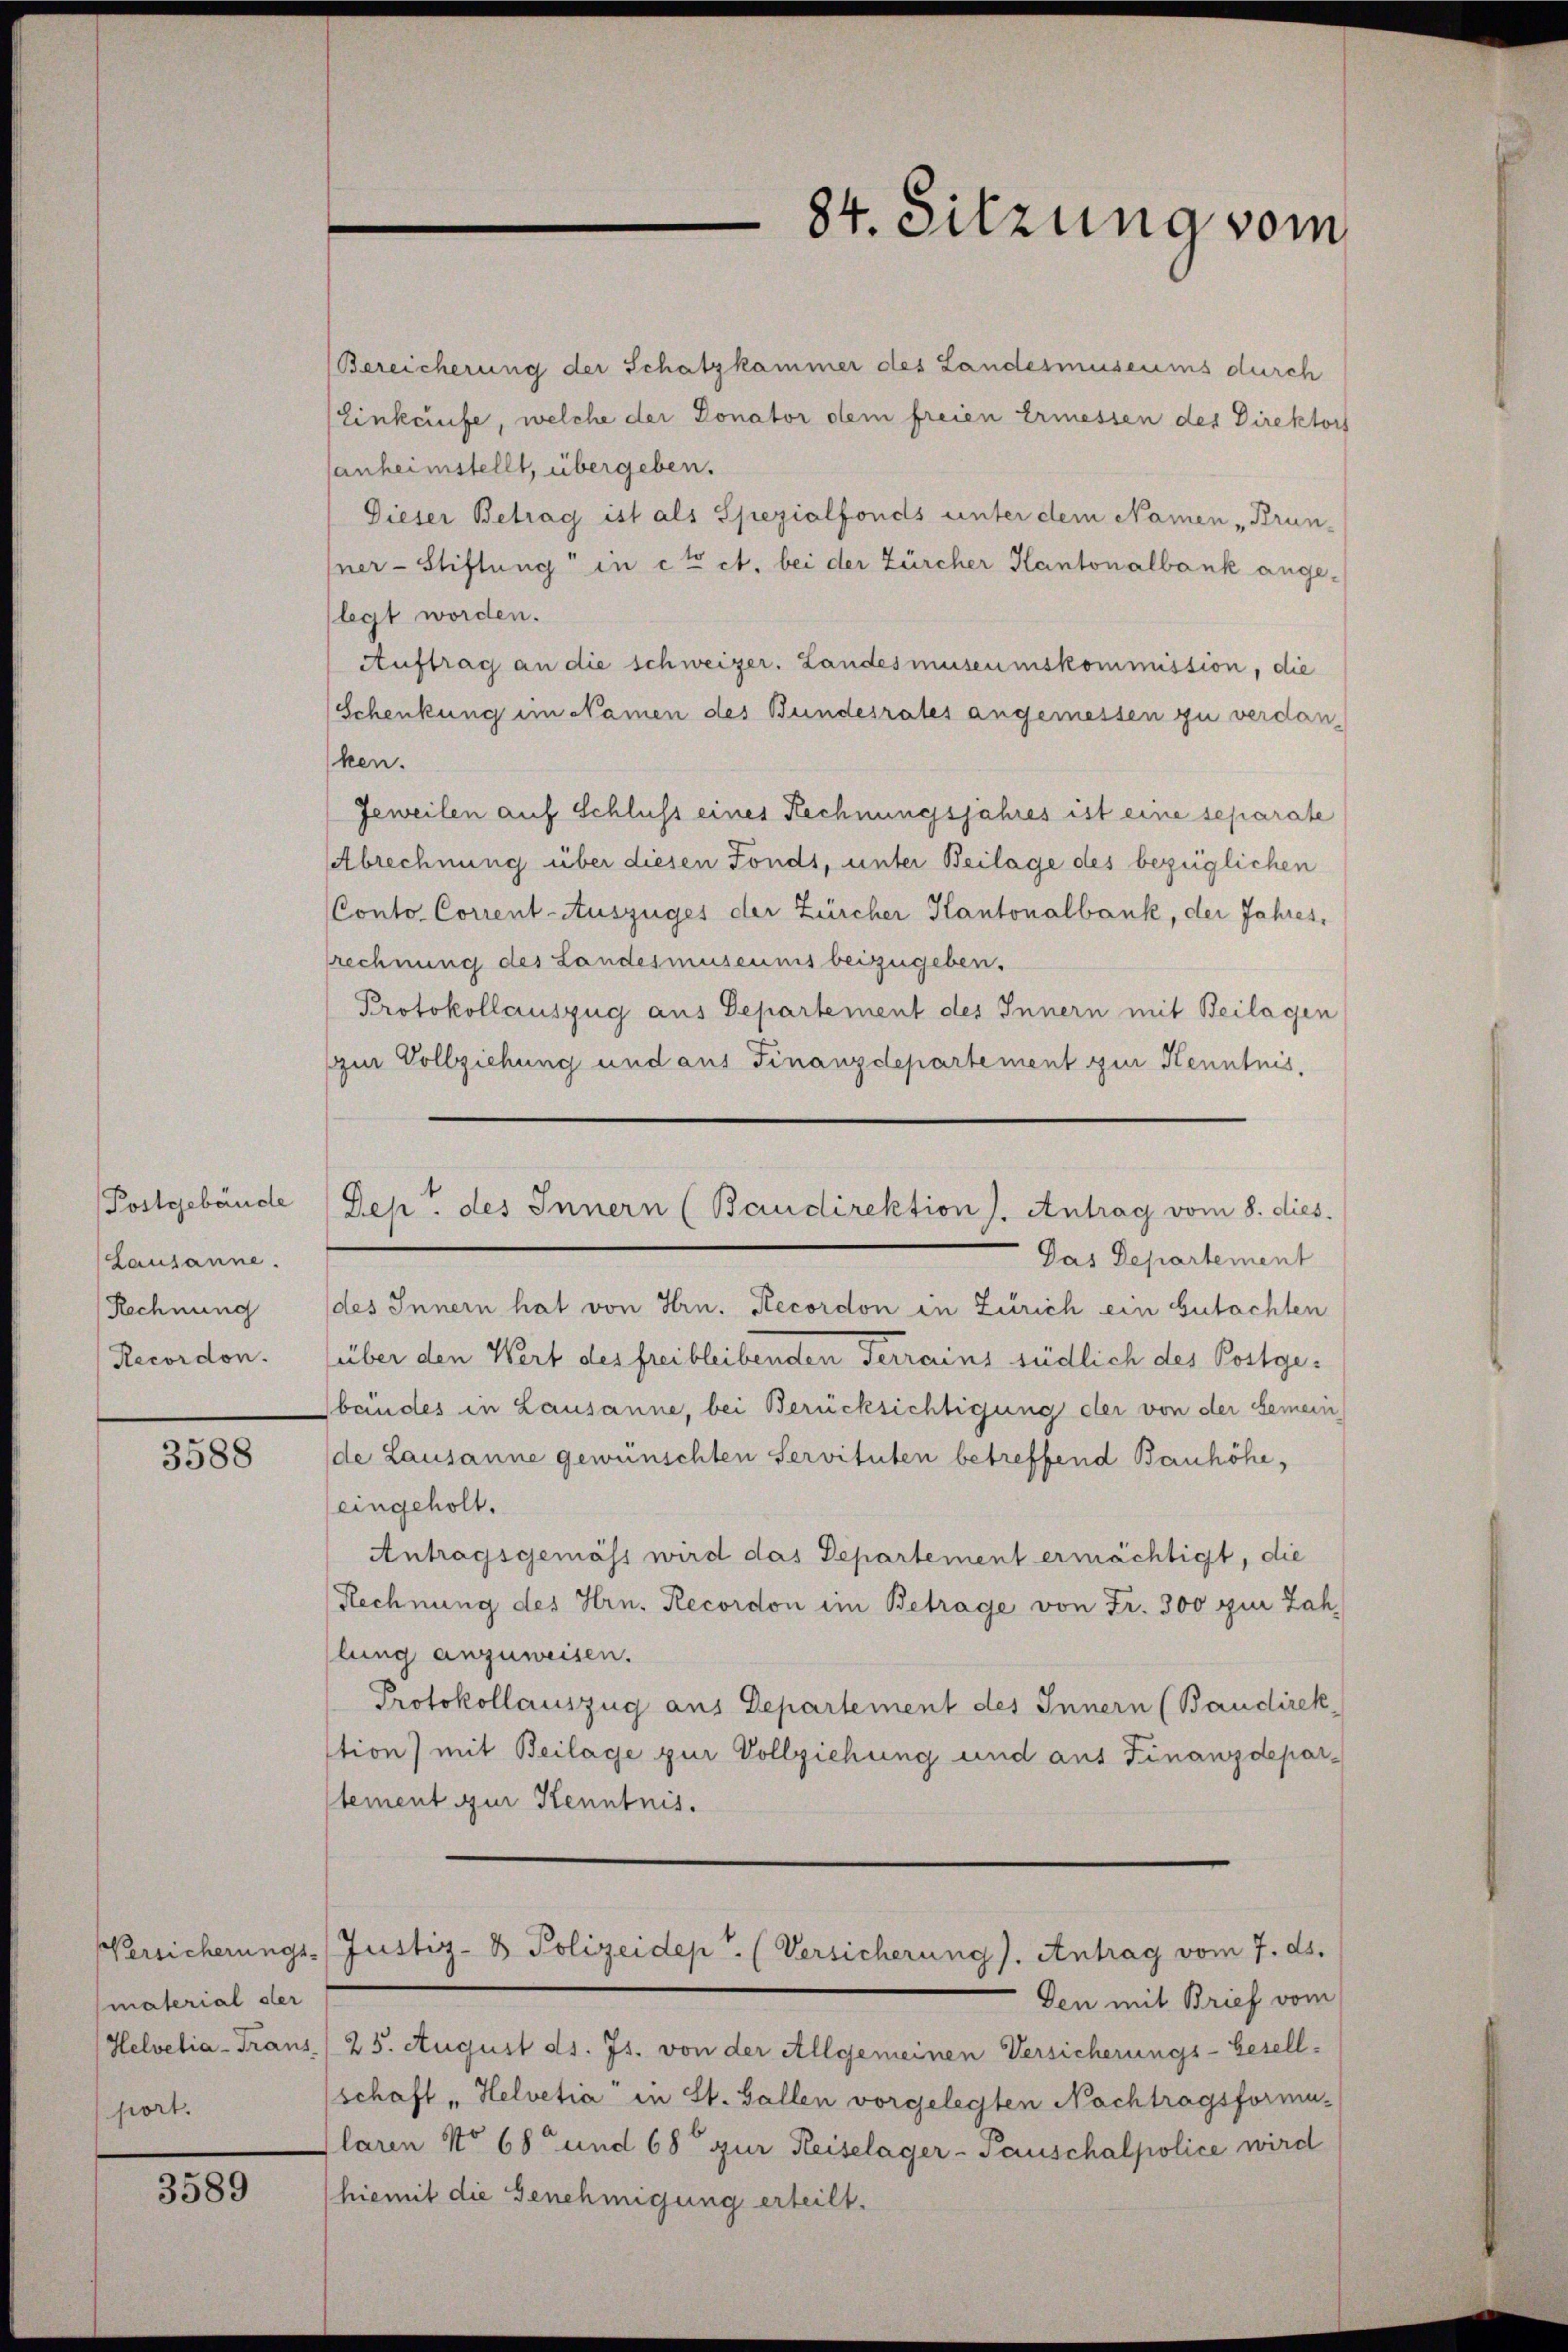
Postgebäude
Lausanne.
Rechnung
Recordon.

3588

Versicherungs-
material der
Helvetia-Trans
port.

3589

Bereicherung der Schatzkammer des Landesmuseums durch
Einkaufe, welche der Donator dem freien Ermessen der Direktors
anheimstellt, übergeben.
Dieser Betrag ist als Spezialfonds unter dem Namen „Brun-
ner-Stiftung in et ct. bei der Zürcher Kantonalbank ange-
legt worden.
Auftrag an die schweizer. Landesmuseumskommission, die
Schenkung im Namen des Bundesrates angemessen zu verdanken.
Jeweilen auf Schluss eines Rechnungsjahres ist eine separate
Abrechnung über diesen Fonds, unter Beilage des bezüglichen
CConto Corrent-Auszüges der Zürcher Kantonalbank, der Jahres,
rechnung des Landesmuseums beizugeben.
Protokollauszug aus Departement des Innern mit Beilagen
zur Vollziehung und aus Finanzdepartement zur Kenntnis,
Das Departement
des Innern hat von Hrn. Recordon in Zürich ein Gutachten
über den Wert des frei bleibenden Ferrains südlich des Postgebandes in Lausanne, bei Berücksichtigung der von der Gemein
de Lausanne gewünschten Servituten betreffend Bauhöhe,
eingeholt.
Antragsgemäss wird das Departement ermächtigt, die
Rechnung des Hrn. Recordon im Betrage von Fr. 300 zur Zah
lung anzuweisen.
Protokollauszug aus Departement des Innern (Baudirek
stion) mit Beilage zur Vollziehung und aus Finanzdepartement zur Kenntnis.
Justiz- & Polizeidept. (Versicherung). Antrag vom 7. ds.
Den mit Brief vom
25. August ds. Js. von der Allgemeinen Versicherungs-Gesellschaft "Helvetia in St. Gallen vorgelegten Nachtragsformu-
Claren No 68 und 68 zur Reiselager-Tauschalpolice wird
(hiemit die Genehmigung erteilt.

84. Sitzung vom

Dept des Innern (Baudirektion). Antrag vom 8. dies.